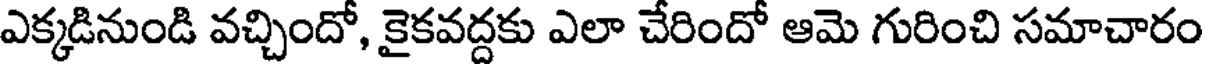
ఎక్కడినుండి వచ్చిందో, కైకవద్దకు ఎలా చేరిందో ఆమె గురించి సమాచారం